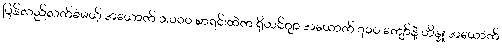
ပြန်လည်လက်ခံမယ့် အယောက် ၁,၀၀၀ စာရင်းထဲက ရိုဟင်ဂျာ အယောက် ၇၀၀ ကျော်နဲ့ ဟိန္ဒူ အယောက်